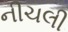
નીચલી